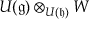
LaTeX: U ( { \mathfrak { g } } ) \otimes _ { U ( { \mathfrak { h } } ) } W